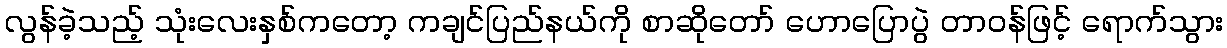
လွန်ခဲ့သည့် သုံးလေးနှစ်ကတော့ ကချင်ပြည်နယ်ကို စာဆိုတော် ဟောပြောပွဲ တာဝန်ဖြင့် ရောက်သွား